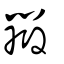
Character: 辯